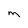
Character: M